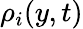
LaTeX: \rho_{i}(y,t)